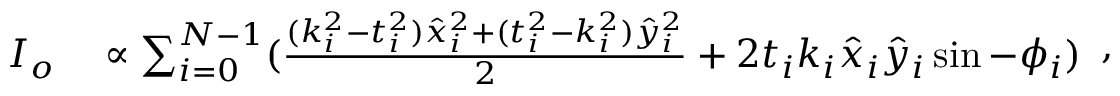
\begin{array} { r l } { I _ { o } } & { { } \propto \sum _ { i = 0 } ^ { N - 1 } ( \frac { ( k _ { i } ^ { 2 } - t _ { i } ^ { 2 } ) \hat { x } _ { i } ^ { 2 } + ( t _ { i } ^ { 2 } - k _ { i } ^ { 2 } ) \hat { y } _ { i } ^ { 2 } } { 2 } + 2 t _ { i } k _ { i } \hat { x } _ { i } \hat { y } _ { i } \sin - \phi _ { i } ) } \end{array} ,